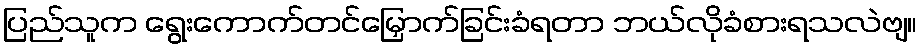
ပြည်သူက ရွေးကောက်တင်မြှောက်ခြင်းခံရတာ ဘယ်လိုခံစားရသလဲဗျ။